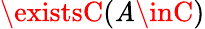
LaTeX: \existsC(\mathit{A}\inC)